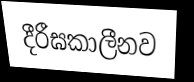
දීරීඝකාලීනව